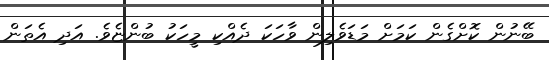
ބޭނުން ކޮށްގެން ކަމަށް މަޑަވެލިން ވާހަކަ ދެއްކި މީހަކު ބުންޏެވެ. އަދި އެތަން